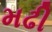
મઢી